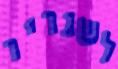
לשגריר